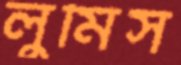
লুমিস